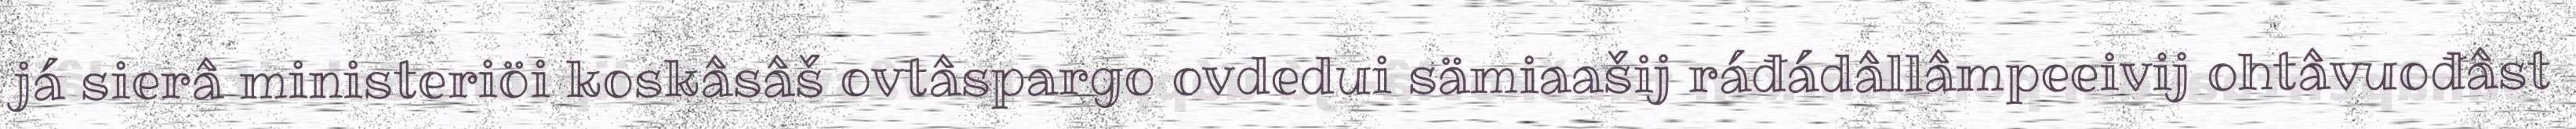
já sierâ ministeriöi koskâsâš ovtâspargo ovdedui sämiaašij ráđádâllâmpeeivij ohtâvuođâst